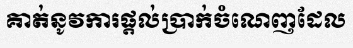
គាត់នូវការផ្តល់ប្រាក់ចំណេញដែល